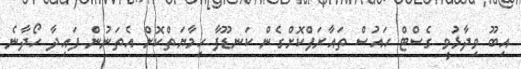
އިބޫ ވިދާޅުވީ ގެސްޓް ހައުސް ތައާރަފްކޮށްގެން ކަނޑޫފާ ހިމާޔަތްކޮށް އެތަނުން ފައިދާ ހޯދާނެ